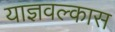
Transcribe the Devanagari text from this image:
याज्ञवल्कास